Annual administration report of the Civil Veterinary Department of India - 1901-1902
Year: 1901
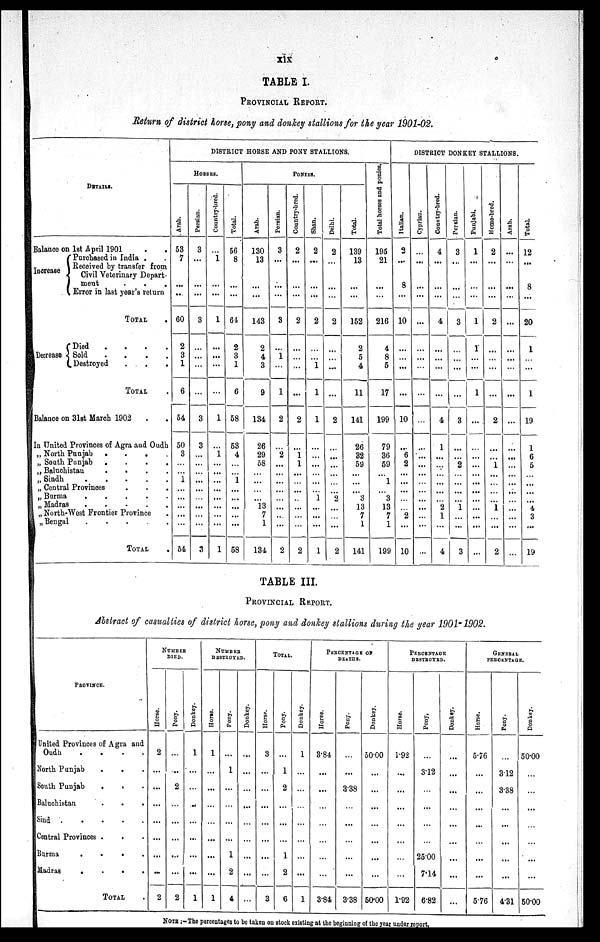
xix
TABLE I.
PROVINCIAL REPORT.
Return of district horse, pony and donkey stallions for the year 1901-02.
DETAILS.
Balance on 1st April 1901 . .
Increase
Purchased in India . .
eceived by transfer from
Civil Veterinary Depart-
merit
.
. .
Error in last year's return
TOTAL .
Decrease
Died
.
.
.
.
Sold
.
.
.
.
Destroyed
.
.
.
TOTAL .
Balance on 31st March 1902 . .
In United Provinces of Agra and Oudh
„ North Punjab .
.
.
.
„ SouthPunjab
.
.
.
.
„ Baluchistau
.
.
.
.
„ Sindh . . . . .
„ Central Provinces
„ Burma
.
.
.
.
„ Madras
.
.
.
.
„ North-West Frontier Province
„ Bengal
.
.
.
.
.
TOTAL .
DISTRICT HORSE AND PONY STALLIONS.
HORSES.
Arab.
53
7
...
..
60
2
3
1
6
54
50
3
...
1
...
...
...
...
...
54
Persian.
3
...
...
...
3
...
...
...
...
3
3
...
...
...
...
...
...
...
...
...
3
Country-bred.
...
1
...
...
1
...
...
...
...
1
...
1
...
...
...
...
...
...
...
...
1
Total.
56
8
...
...
64
2
3
1
6
58
53
4
...
...
1
......
...
...
...
...
58
PONIES.
Arab.
130
13
...
...
143
2
4
3
9
134
26
29
58
...
...
...
...
13
7
1
134
Persian.
3
...
...
...
3
...
1
...
1
2
...
2
...
...
...
...
...
...
...
...
2
Country-bred.
2
...
...
...
2
...
...
...
...
2
...
1
1
...
...
...
..
...
...
...
2
Shan.
2
......
...
...
2
...
...
1
1
1
...
...
...
...
...
...
1
...
...
...
1
Delhi.
2
...
...
...
2
...
...
...
...
2
...
...
...
...
...
...
2
...
...
...
2
Total.
139
13
...
...
152
2
5
4
11
141
26
32
59
...
...
...
3
13
7
1
141
Total horses and ponies.
195
21
...
...
216
4
8
5
17
199
79
36
59
......
1
...
3
13
7
1
199
DISTRICT DONKEY STALLIONS.
Italian.
3
...
8
...
10
...
...
...
...
10
...
6
2
...
...
...
...
...
2
...
10
Cyprian.
...
...
...
...
...
...
...
...
...
...
...
...
...
...
...
...
...
...
...
...
Country-bred.
4
...
...
...
4
...
...
...
...
4
1
...
...
...
...
...
2
1
...
4
Persian.
3
...
...
...
3
...
...
...
...
3
...
...
2
...
...
...
...
1
....
...
3
Punjabi.
1
...
...
...
1
1
...
...
1
...
...
...
...
...
...
...
...
...
...
...
...
Home-bred.
2
...
...
...
2
...
...
...
...
2
...
...
1
...
...
...
...
1
...
...
2
Arab.
...
...
...
...
...
...
...
...
...
...
...
...
...
...
...
...
...
...
...
...
...
Tot al .
12
...
8
...
20
1
...
...
1
19
1
6
5
...
...
...
...
4
3
...
19
TABLE III.
PROVINCIAL REPORT.
Abstract of casualties of district horse, pony and donkey stallions during the year 1901-1902.
PROVINCE.
United Provinces of Agra and
Oudh
.
.
.
.
North Punjab . . .
South Punjab
. . .
Baluchistan
.
.
.
Sind
.
.
.
.
.
Central Provinces . . .
Burma
.
.
.
.
Madras
.
.
.
.
TOTAL .
NUMBER
DIED.
Hor s e.
2
...
...
...
...
...
...
...
2
Pony.
...
..
2
...
...
...
...
...
2
Donke y.
1
...
...
.....
...
...
...
...
1
NUMBER
DESTROYED.
Hor s e.
1
...
...
...
...
...
...
...
1
Pony.
...
1
...
...
...
...
1
2
4
Donke y.
...
...
...
...
...
...
...
...
...
TOTAL.
Hor s e.
3
...
...
...
...
...
...
...
3
Pony.
...
1
2
...
...
...
1
2
6
Donkey.
1
...
...
...
...
...
...
...
1
PERCENTAGE OF
DEATHS.
Hor s e.
3.84
...
...
...
...
...
...
...
3.84
Pony.
...
...
3.38
...
...
...
...
...
3.38
Donke y.
50.00
...
...
...
...
...
...
...
50.00
PERCENTAGE
DESTROYED.
Hor s e.
1.92
....
...
...
...
...
...
...
1.92
Pony.
...
312
...
...
...
...
25.00
7.14
6.82
Donke y.
...
...
...
...
...
...
...
...
...
GENERAL
PERCENTAGE.
Hor s e.
5.76
...
...
...
...
...
...
...
5.76
Pony.
...
312
3.38
...
...
...
...
...
4.31
Donke y.
50.00
...
...
...
...
...
...
...
50.00
NOTE:-The percentages to be taken on stock Misting at the beginning of the year under report.